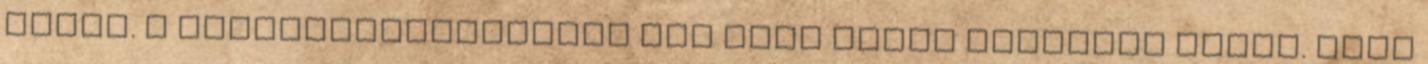
ujját. A fesztiválszezonban nem volt ideje orvoshoz menni. Galó